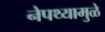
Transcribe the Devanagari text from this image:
नेपथ्यामुळे